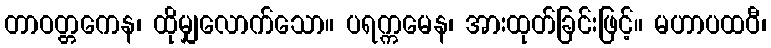
တာဝတ္တကေန၊ ထိုမျှလောက်သော။ ပရက္ကမေန၊ အားထုတ်ခြင်းဖြင့်။ မဟာပထဝီ၊